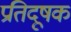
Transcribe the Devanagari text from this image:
प्रतिदूषक